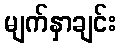
မျက်နှာချင်း